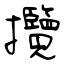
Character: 攬